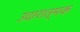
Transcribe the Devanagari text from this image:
उदारात्मक